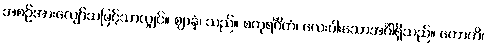
အစဉ်အားလျော်သဖြင့်သာလျှင်။ ဈာနံ၊ သည်။ စတုရင်္ဂိကံ၊ လေးပါးသောအင်္ဂါရှိသည်။ ဟောတိ၊